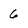
Character: 6